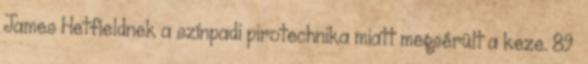
James Hetfieldnek a színpadi pirotechnika miatt megsérült a keze. 89